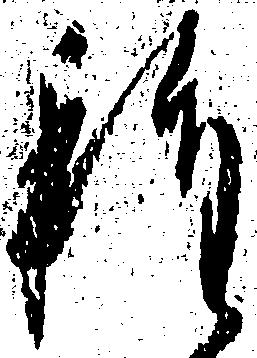
程